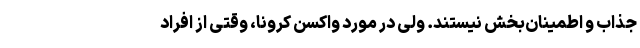
جذاب و اطمینان‌بخش نیستند. ولی در مورد واکسن کرونا، وقتی از افراد